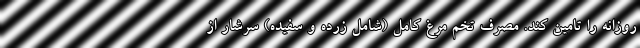
روزانه را تامین کند. مصرف تخم مرغ کامل (شامل زرده و سفیده) سرشار از